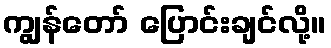
ကျွန်တော် ပြောင်းချင်လို့။